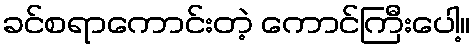
ခင်စရာကောင်းတဲ့ ကောင်ကြီးပေါ့။